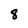
Character: 8